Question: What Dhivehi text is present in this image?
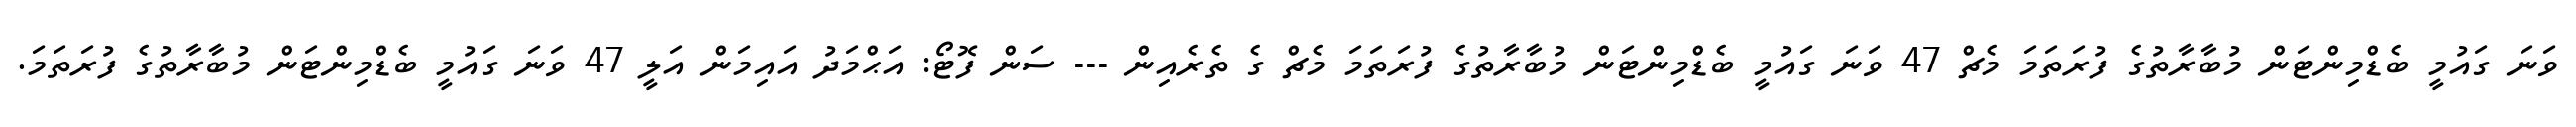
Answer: ވަނަ ގައުމީ ބެޑްމިންޓަން މުބާރާތުގެ ފުރަތަމަ މެޗް 47 ވަނަ ގައުމީ ބެޑްމިންޓަން މުބާރާތުގެ ފުރަތަމަ މެޗް ގެ ތެރެއިން --- ސަން ފޮޓޯ: އަޙްމަދު އައިމަން އަލީ 47 ވަނަ ގައުމީ ބެޑްމިންޓަން މުބާރާތުގެ ފުރަތަމަ.